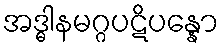
အဒ္ဓါနမဂ္ဂပဋိပန္နော